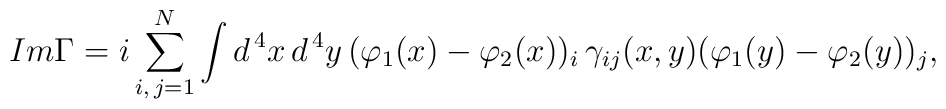
Im \Gamma = i \sum_{i, \, j = 1}^N \int d^{\, 4} x \, d^{\, 4} y \, (\varphi_1 (x) - \varphi_2 (x))_i \, \gamma_{i j} (x, y) (\varphi_1 (y) - \varphi_2 (y))_j ,